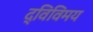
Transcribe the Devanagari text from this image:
द्विविमय